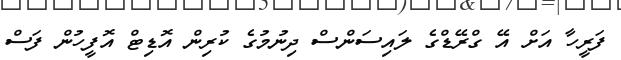
ފަރީހާ އަށް އޭ ގްރޭޑްގެ ލައިސަންސް ދިނުމުގެ ކުރިން އޮޑިޓް އޮފީހުން ފަސް